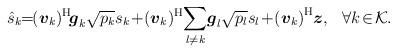
LaTeX: \begin{align*}{\!\hat{s}}_{k}\!\!=\!\!\left(\boldsymbol{v}_{k}\right)\!^{\mathrm{H}}\!\boldsymbol{g}_{k} \sqrt{p_{k}}s_{k}\!+\!\left(\boldsymbol{v}_{k}\right)\!^{\mathrm{H}}\!\sum_{l \neq k} \!\boldsymbol{g}_{l}\sqrt{p_{l}}s_l\!+\!\left(\boldsymbol{v}_{k}\right)^{\mathrm{H}} \!\boldsymbol{z}, \ \ \forall k \! \in \! \mathcal{K}.\end{align*}